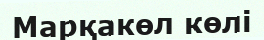
Марқакөл көлі